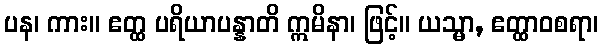
ပန၊ ကား။ ဧတ္ထ ပရိယာပန္နာတိ ဣမိနာ၊ ဖြင့်။ ယသ္မာ, ဧတ္ထာဝစရာ၊